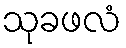
သုခဖလံ